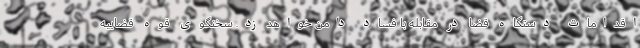
اقدامات دستگاه قضا در مقابله با فساد دامن خواهد زد. سخنگوی قوه قضاییه